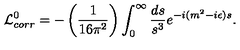
{ \cal L } _ { c o r r } ^ { 0 } = - \left( { \frac { 1 } { 1 6 \pi ^ { 2 } } } \right) \int _ { 0 } ^ { \infty } { \frac { d s } { s ^ { 3 } } } e ^ { - i ( m ^ { 2 } - i \epsilon ) s } .